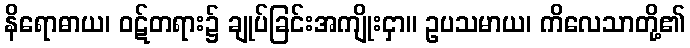
နိရောဓာယ၊ ဝဋ်တရား၌ ချုပ်ခြင်းအကျိုးငှာ။ ဥပသမာယ၊ ကိလေသာတို့၏